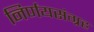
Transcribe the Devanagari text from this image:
निर्णयसंग्रह